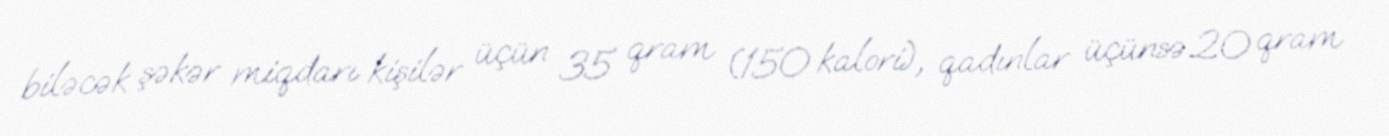
biləcək şəkər miqdarı kişilər üçün 35 qram (150 kalori), qadınlar üçünsə 20 qram